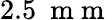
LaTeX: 2.5~\mathrm{~m~m~}